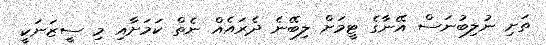
ތަށި ނުލިބުނަސް އޭނާގެ ޓީމަށް ލިބޭނެ ދެރައެއް ނެތް ކަމަށާއި މި ސީޒަނަކީ